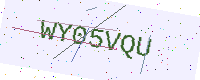
Text: WY05VQU